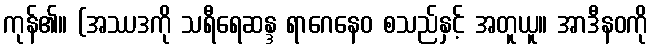
ကုန်၏။ (အဿဒကို သရီရေဆန္ဒ ရာဂေနေဝ စသည်နှင့် အတူယူ။ အာဒီနဝကို